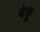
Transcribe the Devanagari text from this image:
वेकू